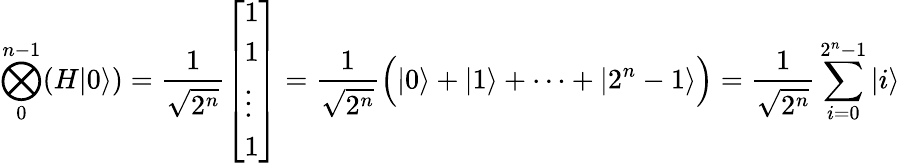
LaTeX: \bigotimes_{0}^{n-1}(H|0\rangle)={\frac{1}{\sqrt{2^{n}}}}{\left[\begin{array}{l}{1}\\ {1}\\ {\vdots}\\ {1}\end{array}\right]}={\frac{1}{\sqrt{2^{n}}}}{\Big(}|0\rangle+|1\rangle+\dots+|2^{n}-1\rangle{\Big)}={\frac{1}{\sqrt{2^{n}}}}\sum_{i=0}^{2^{n}-1}|i\rangle